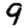
Digit: 9